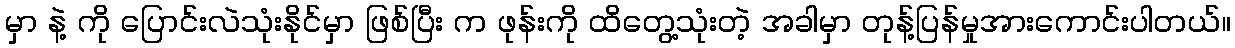
မှာ နဲ့ ကို ပြောင်းလဲသုံးနိုင်မှာ ဖြစ်ပြီး က ဖုန်းကို ထိတွေ့သုံးတဲ့ အခါမှာ တုန့်ပြန်မှုအားကောင်းပါတယ်။